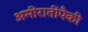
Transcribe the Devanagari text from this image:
अमीरातींपैकी